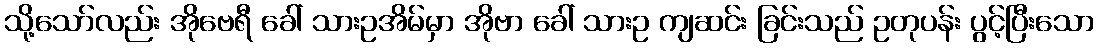
သို့သော်လည်း အိုဗေရီ ခေါ် သားဥအိမ်မှာ အိုဗာ ခေါ် သားဥ ကျဆင်း ခြင်းသည် ဥတုပန်း ပွင့်ပြီးသော